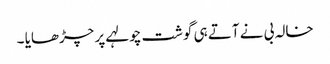
خالہ بی نے آتے ہی گوشت چولہے پر چڑھایا ۔